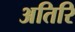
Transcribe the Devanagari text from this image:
अतिरि